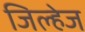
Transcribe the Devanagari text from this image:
जिल्हेज